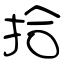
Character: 拾